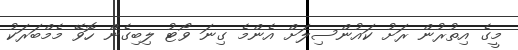
މީގެ އިތުރުން ރަށު ކައުންސިލަށް އެންމެ ގިނަ ވޯޓު ލިބިގެން ހޮވޭ މެމްބަރަކު